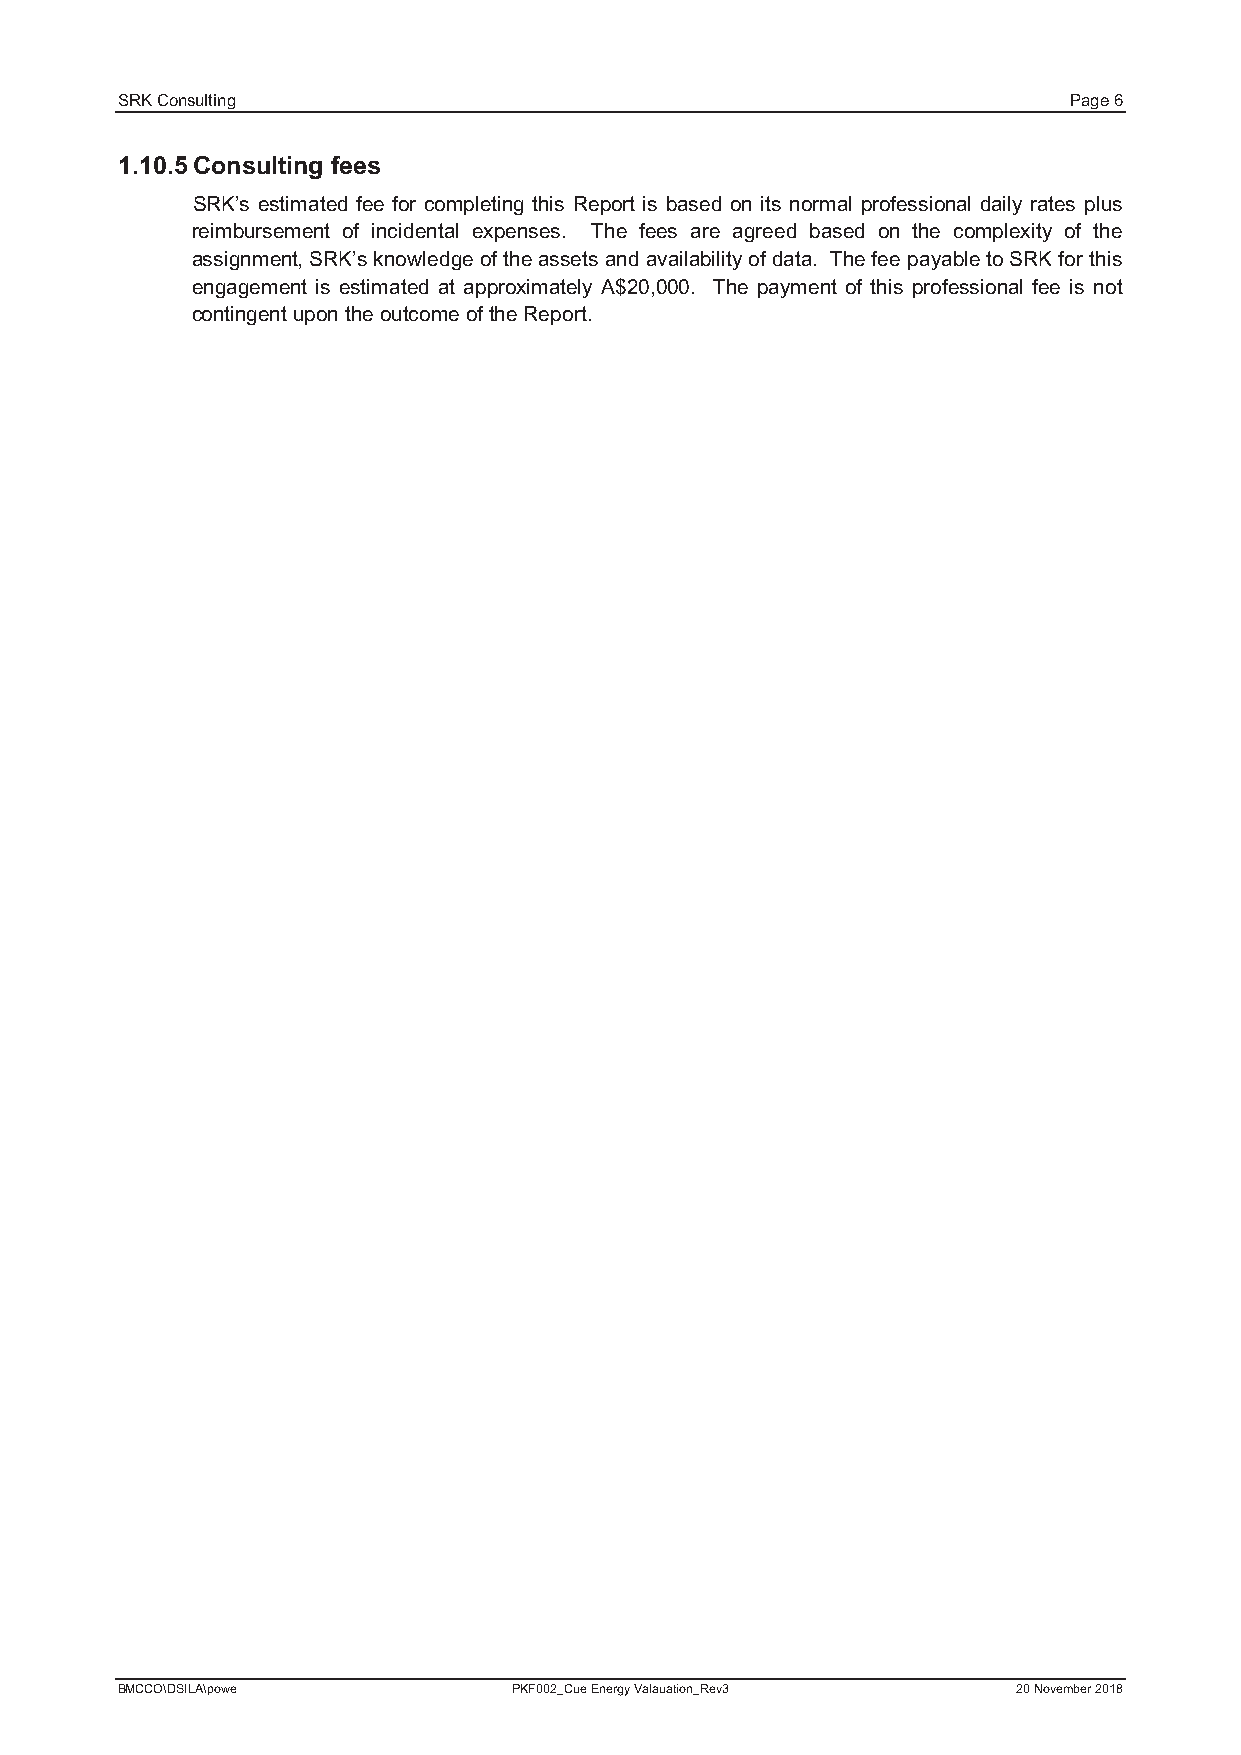
SRK Consulting                                                 Page 6
 1.10.5Consulting fees
 SRK’s estimated fee for completing this Report is based on its normal professional daily rates plus
 reimbursement of incidental expenses. The fees are agreed based on the complexity of the
 assignment, SRK’s knowledge of the assets and availability of data. The fee payable to SRK for this
 engagement is estimated at approximately A$20,000. The payment of this professional fee is not
 contingent upon the outcome of the Report.
 BMCCO\DSILA\powe          PKF002_Cue Energy Valauation_Rev3 20 November 2018